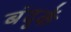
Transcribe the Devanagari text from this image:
बंदुकें